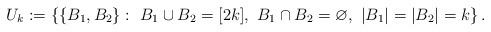
LaTeX: \begin{align*}U_{k} := \left\{ \{B_1,B_2\} :\ B_1\cup B_2 = [2k], \ B_1\cap B_2 = \varnothing,\ |B_1| = |B_2| = k \right\}.\end{align*}